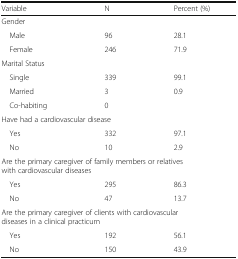
| Variable | N | Percent (%) |
 | --- | --- | --- |
 | <COLSPAN=3> Gender |
 | Male | 96 | 28.1 |
 | Female | 246 | 71.9 |
 | <COLSPAN=3> Marital Status |
 | Single | 339 | 99.1 |
 | Married | 3 | 0.9 |
 | Co-habiting | 0 |  |
 | <COLSPAN=3> Have had a cardiovascular disease |
 | Yes | 332 | 97.1 |
 | No | 10 | 2.9 |
 | <COLSPAN=3> Are the primary caregiver of family members or relatives with cardiovascular diseases |
 | Yes | 295 | 86.3 |
 | No | 47 | 13.7 |
 | <COLSPAN=3> Are the primary caregiver of clients with cardiovascular diseases in a clinical practicum |
 | Yes | 192 | 56.1 |
 | No | 150 | 43.9 |